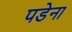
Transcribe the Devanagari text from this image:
पडेना